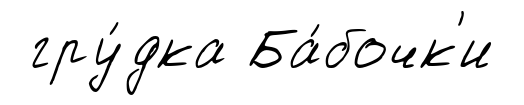
гру́дка Ба́бочк'и